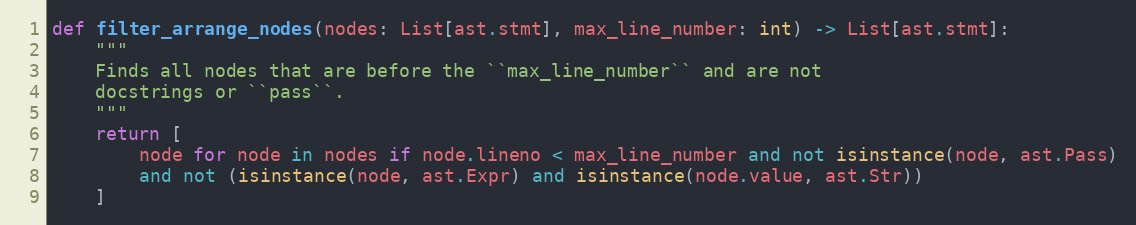
Language: Python
def filter_arrange_nodes(nodes: List[ast.stmt], max_line_number: int) -> List[ast.stmt]:
    """
    Finds all nodes that are before the ``max_line_number`` and are not
    docstrings or ``pass``.
    """
    return [
        node for node in nodes if node.lineno < max_line_number and not isinstance(node, ast.Pass)
        and not (isinstance(node, ast.Expr) and isinstance(node.value, ast.Str))
    ]